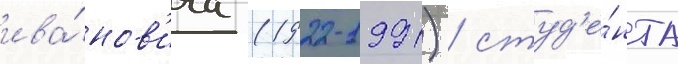
ива́нов'ича (1922-1991) / студ'е́нта